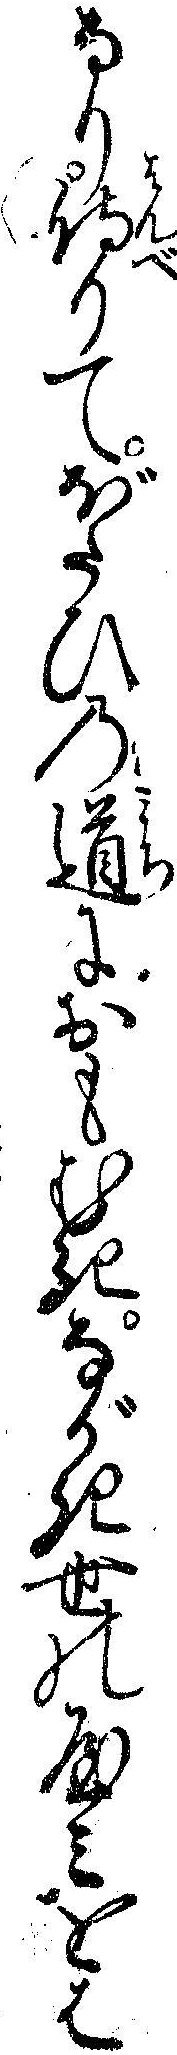
なり侍りてぼたひの道におもむきながき世のやミをは